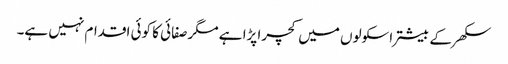
سکھر کے بیشتر اسکولوں میں کچرا پڑا ہے مگرصفائی کا کوئی اقدام نہیں ہے۔